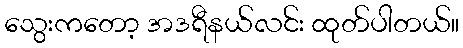
သွေးကတော့ အဒရီနယ်လင်း ထုတ်ပါတယ်။